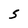
Character: 5